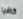
كافيا